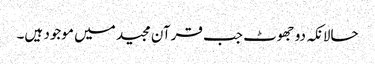
حالانکہ دو جھوٹ جب قرآن مجید میں موجود ہیں۔